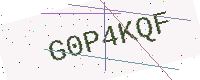
Text: G0P4KQF